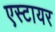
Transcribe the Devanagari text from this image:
एस्टायर